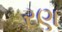
રણ